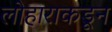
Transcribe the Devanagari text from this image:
लोहाराकडून